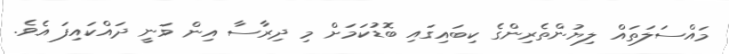
މައްސަލަތައް ލިޔުންތެރިންގެ ކިބައިގައި ބޮޑުކަމަށް މި ދިރާސާ އިން ވަނީ ދައްކައިފަ އެވެ.